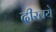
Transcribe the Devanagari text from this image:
दीखये